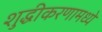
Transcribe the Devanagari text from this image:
शुद्धीकरणामध्ये